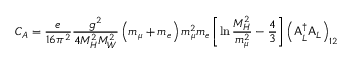
C _ { A } = \frac { e } { 1 6 \pi ^ { 2 } } \frac { g ^ { 2 } } { 4 M _ { H } ^ { 2 } M _ { W } ^ { 2 } } \left( m _ { \mu } + m _ { e } \right) m _ { \mu } ^ { 2 } m _ { e } \left[ \ln \frac { M _ { H } ^ { 2 } } { m _ { \mu } ^ { 2 } } - \frac { 4 } { 3 } \right] \left( { \sf A } _ { L } ^ { \dag } { \sf A } _ { L } \right) _ { 1 2 }